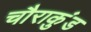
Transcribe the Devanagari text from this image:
चौराकुंड